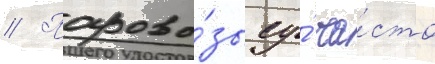
// Парово́зы су́ ча́сто